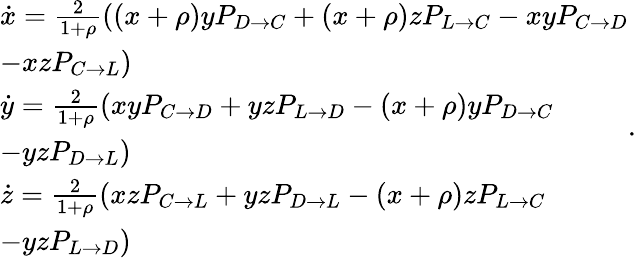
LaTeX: \begin{array}{l}{\dot{x}=\frac{2}{1+\rho}((x+\rho)yP_{D\to C}+(x+\rho)zP_{L\to C}-xyP_{C\to D}}\\ {-xzP_{C\to L})}\\ {\dot{y}=\frac{2}{1+\rho}(xyP_{C\to D}+yzP_{L\to D}-(x+\rho)yP_{D\to C}}\\ {-yzP_{D\to L})}\\ {\dot{z}=\frac{2}{1+\rho}(xzP_{C\to L}+yzP_{D\to L}-(x+\rho)zP_{L\to C}}\\ {-yzP_{L\to D})}\end{array}.